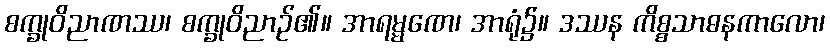
စက္ခုဝိညာဏဿ၊ စက္ခုဝိညာဉ်၏။ အာရမ္မဏေ၊ အာရုံ၌။ ဒဿန ကိစ္စသာဓနကာလော၊